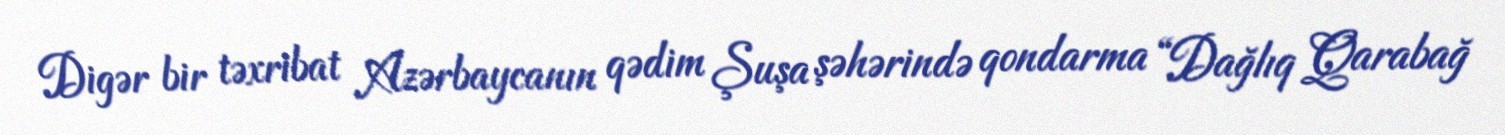
Digər bir təxribat Azərbaycanın qədim Şuşa şəhərində qondarma “Dağlıq Qarabağ